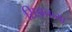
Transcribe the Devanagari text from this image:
सिझनच्या